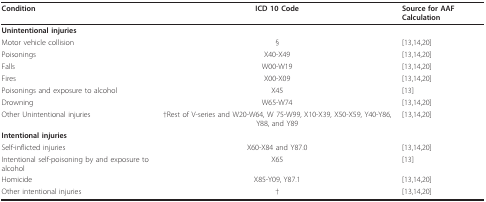
<table><thead><tr><td><b>Condition</b></td><td><b>ICD 10 Code</b></td><td><b>Source for AAF Calculation</b></td></tr></thead><tbody><tr><td><b>Unintentional injuries</b></td><td></td><td></td></tr><tr><td>Motor vehicle collision</td><td>§</td><td>[13,14,20]</td></tr><tr><td>Poisonings</td><td>X40-X49</td><td>[13,14,20]</td></tr><tr><td>Falls</td><td>W00-W19</td><td>[13,14,20]</td></tr><tr><td>Fires</td><td>X00-X09</td><td>[13,14,20]</td></tr><tr><td>Poisonings and exposure to alcohol</td><td>X45</td><td>[13]</td></tr><tr><td>Drowning</td><td>W65-W74</td><td>[13,14,20]</td></tr><tr><td>Other Unintentional injuries</td><td>†Rest of V-series and W20-W64, W 75-W99, X10-X39, X50-X59, Y40-Y86, Y88, and Y89</td><td>[13,14,20]</td></tr><tr><td><b>Intentional injuries</b></td><td></td><td></td></tr><tr><td>Self-inflicted injuries</td><td>X60-X84 and Y87.0</td><td>[13,14,20]</td></tr><tr><td>Intentional self-poisoning by and exposure to alcohol</td><td>X65</td><td>[13]</td></tr><tr><td>Homicide</td><td>X85-Y09, Y87.1</td><td>[13,14,20]</td></tr><tr><td>Other intentional injuries</td><td>†</td><td>[13,14,20]</td></tr></tbody></table>